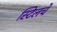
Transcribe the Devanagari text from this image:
स्टिलचे